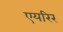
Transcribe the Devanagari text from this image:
एयरिर